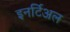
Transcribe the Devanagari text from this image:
इनर्टिअल